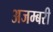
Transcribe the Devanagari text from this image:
अजम्बरी